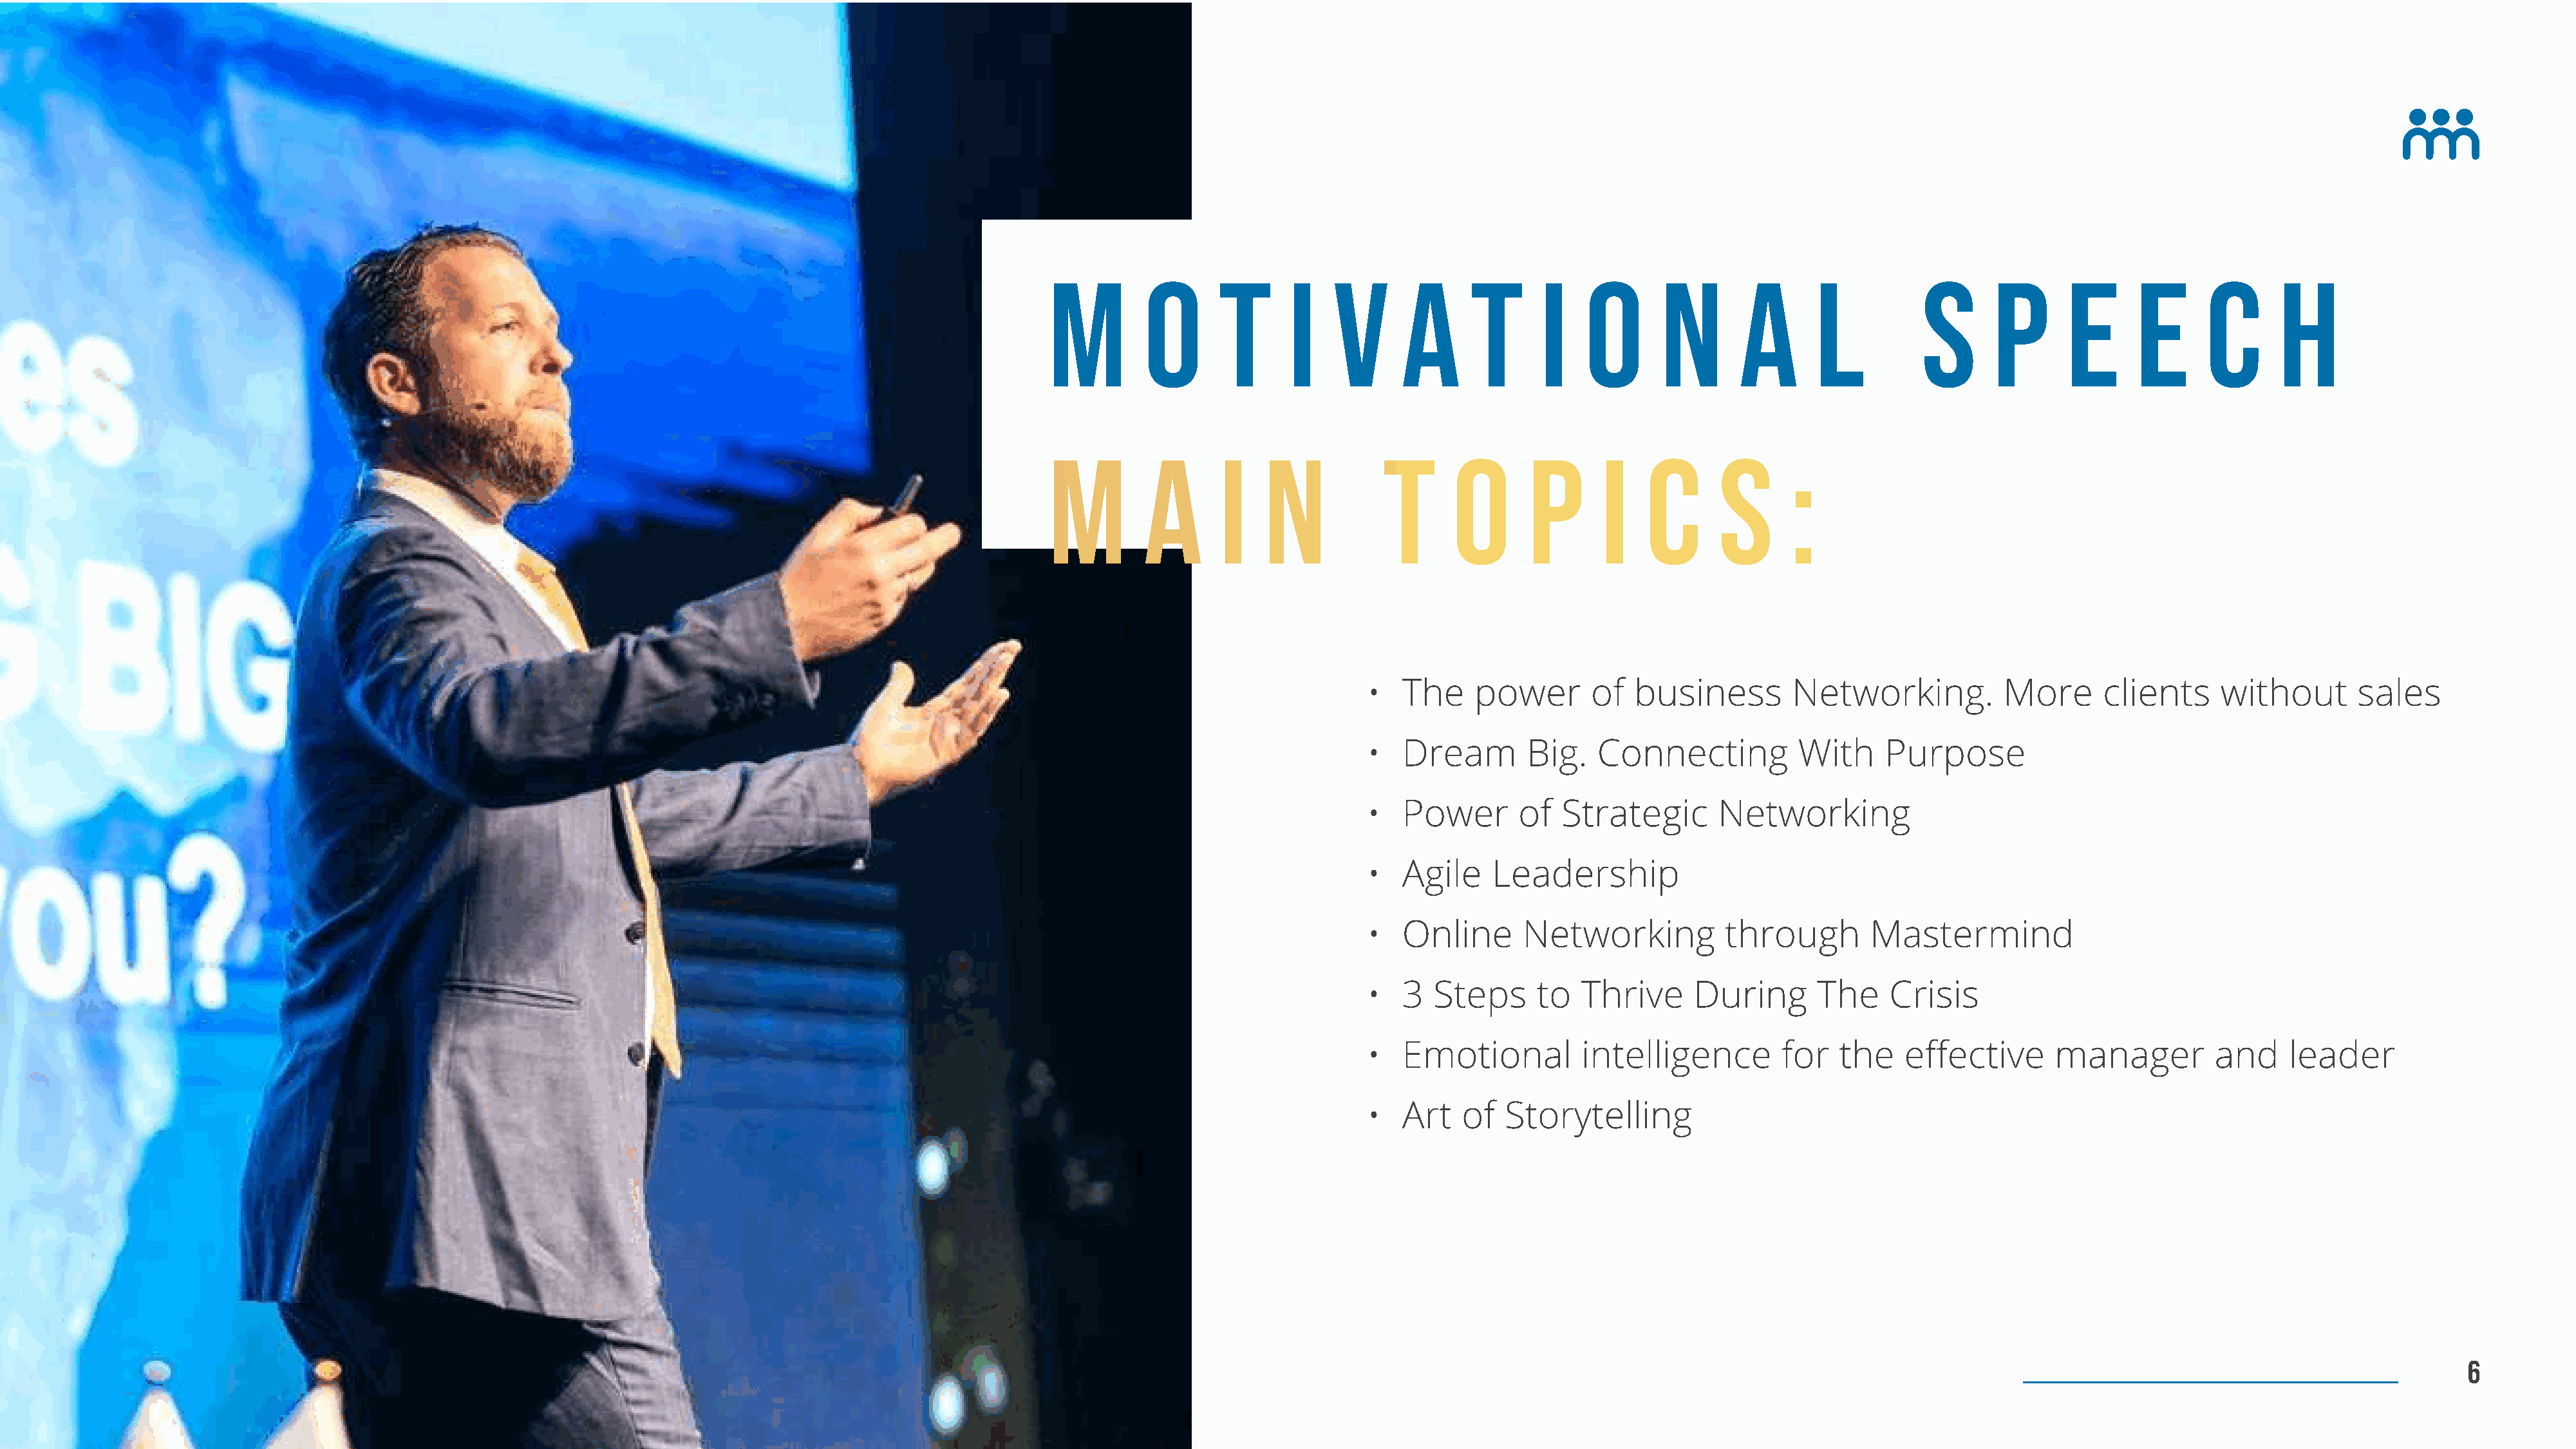
M         o      t      i    v      a      t      i    o       n       a       l          S      p      e       e      c      h
 M         a      i    n           T      o       p       i   c       s      :
 The     power       of  business        Networking.           More      clients     without       sale
 Dream        Big.   Connecting           With     Purpos
 Power       of   Strategic       Networkin
 Agile    Leadership
 Online       Networking          through        Mastermin
 3  Steps      to   Thrive     During       The    Crisi
 Emotional          intelligence        for   the    effective      manager          and    leade
 Art   of   Storytelling
 B  r a  n d   V i s i o n   &    P r o  d u c  t   O u t  l i n e                                                                                                                                                                                    160